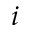
i